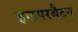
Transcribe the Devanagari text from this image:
हाइपरबैटन